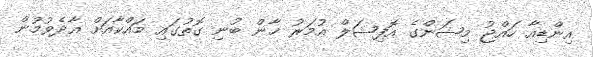
އިންޑިއާ ހައްޖު މިޝަންގެ އޮފިޝަލް އުމަރު ޚާން ބުނި ގޮތުގައި މައްކާއަށް އާދެވުމުން